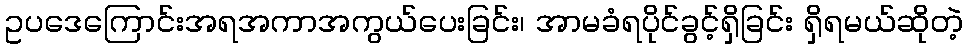
ဥပဒေကြောင်းအရအကာအကွယ်ပေးခြင်း၊ အာမခံရပိုင်ခွင့်ရှိခြင်း ရှိရမယ်ဆိုတဲ့